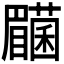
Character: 𭿰